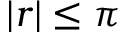
\vert r \vert \leq \pi